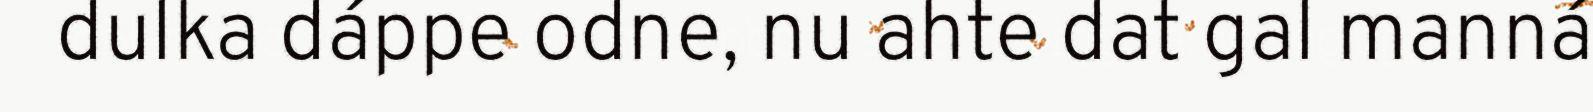
dulka dáppe odne, nu ahte dat gal manná